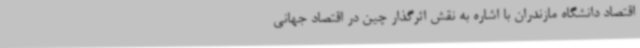
اقتصاد دانشگاه مازندران با اشاره به نقش اثرگذار چین در اقتصاد جهانی